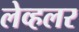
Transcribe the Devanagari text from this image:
लेव्हलर